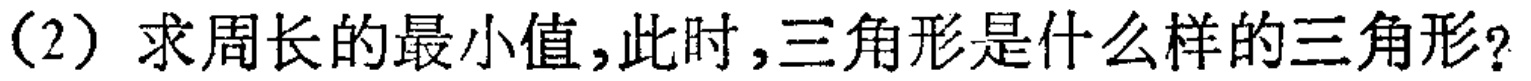
(2) 求周长的最小值,此时,三角形是什么样的三角形?